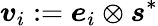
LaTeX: \boldsymbol{v}_{i}:=\boldsymbol{e}_{i}\otimes\boldsymbol{s}^{*}